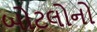
બોટલોનો